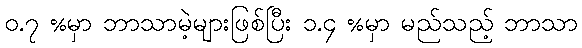
ဝ.၇ %မှာ ဘာသာမဲ့များဖြစ်ပြီး ၁.၄ %မှာ မည်သည့် ဘာသာ